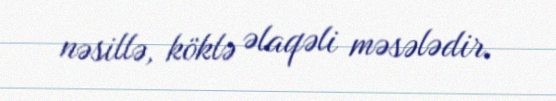
nəsillə, köklə əlaqəli məsələdir.